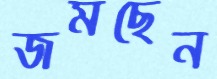
জমছেন